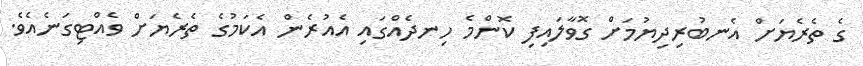
ގެ ތެރެޔަށް އެނބުރިދިޔުމަށް ގޮވާލައިފި ކޮންމެ ހިނދެއްގައި އެއުރެން އެކަމުގެ ތެރެޔަށް ވެއްޓިގަނެއެވެ.